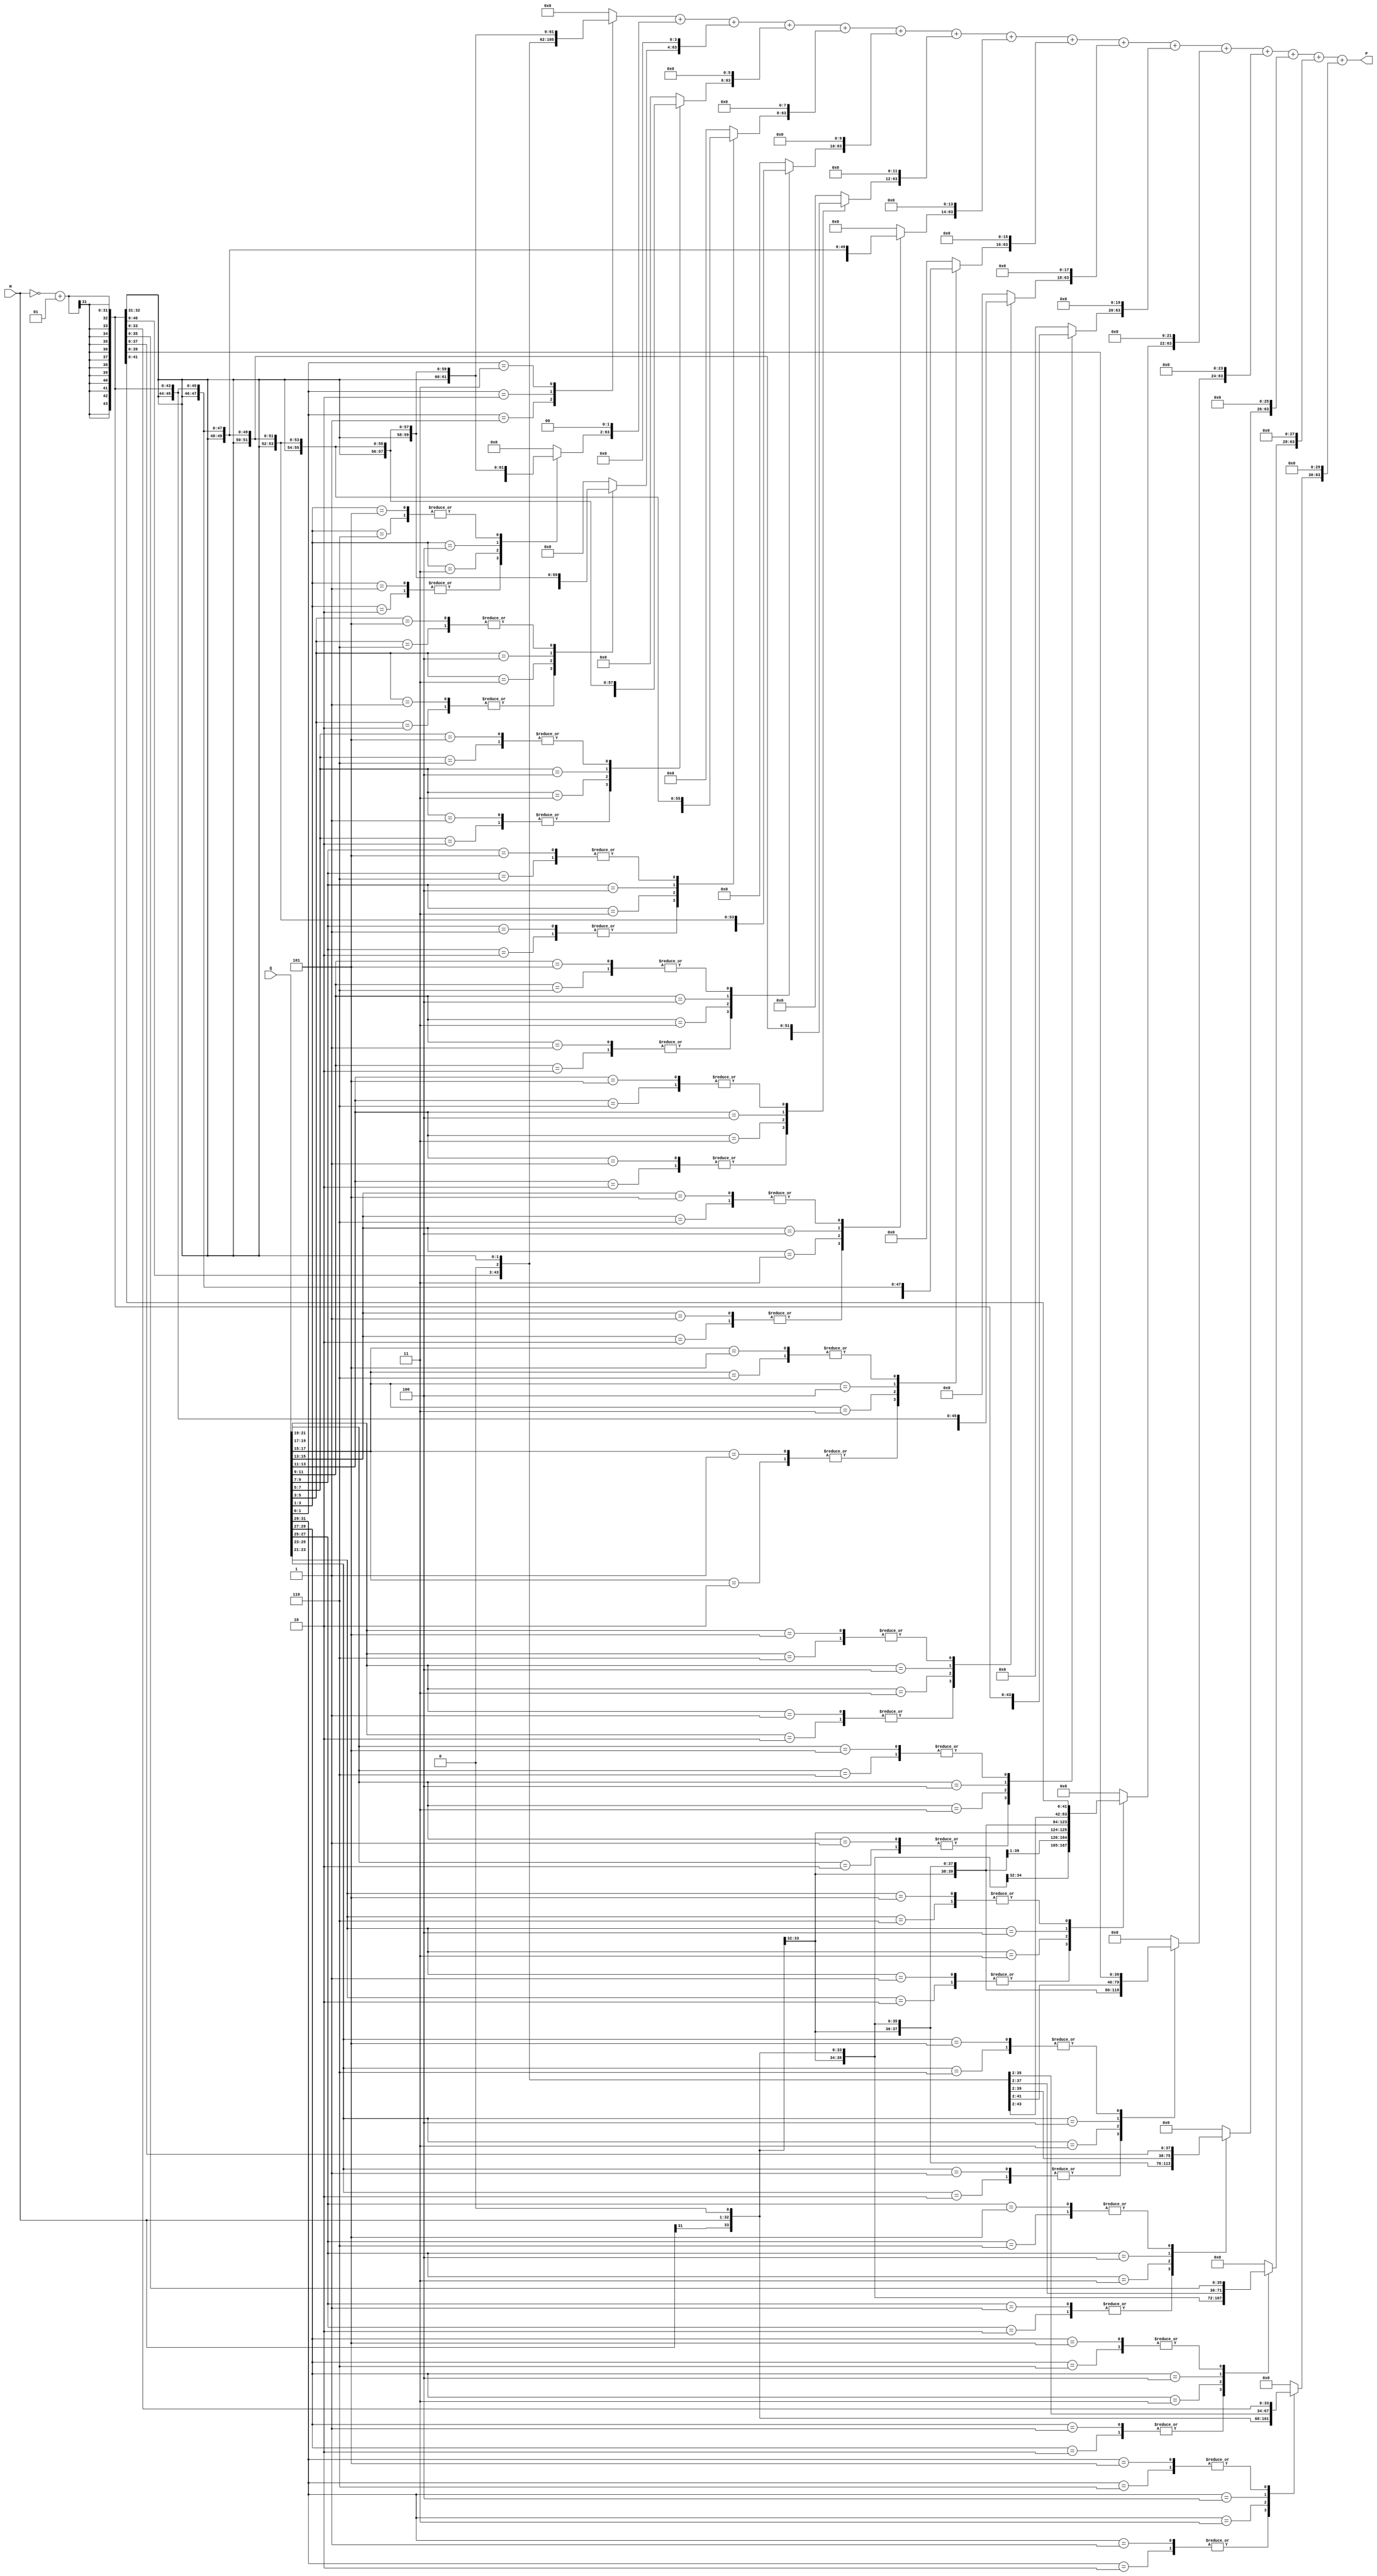
module booth_mul(
	input signed [31:0] M,
	input signed [31:0] Q,
	output signed [63:0] P);
	
	wire signed [31:0] neg_M;
	reg [2:0] bit_groups [15:0]; // holds the multiplier's bit pairs (& bit on right), there are 16 bit triples for a 32 bit multiplier
	reg signed [63:0] partial_products [15:0]; // holds the 16 partial products
	reg signed [63:0] product; //holds the 64 bit product
	integer i;

	assign neg_M = ~M + 1; // negative multiplicand
	
	always@(M or Q or neg_M)
	begin
		bit_groups[0] = {Q[1], Q[0], 1'b0}; // first bit group has implied 0 in right bit
		
		// save all the bit groups of the multiplier
		for(i=1; i<16; i=i+1)
		begin
			bit_groups[i] = {Q[2*i+1], Q[2*i], Q[2*i-1]};
		end
		
		// calculate partial products based on the bit groups
		for(i=0; i<16; i=i+1)
		begin
			case(bit_groups[i])
				3'b001, 3'b010: partial_products[i] = {{32{M[31]}}, M};  	     // * +1, set to M w/ sign extension
				3'b011: partial_products[i] = {{32{M[31]}}, M<<1};               // * +2, right shift M w/ sign extension
				3'b100: partial_products[i] = {{32{neg_M[31]}}, neg_M[31:0]<<1}; // * -2, right shift -M w/ sign extension
				3'b101, 3'b110: partial_products[i] = {{32{neg_M[31]}}, neg_M};  // * -1, set to -M w/ sign extension
				default: partial_products[i] = 0;                                // * 0
			endcase
			
			partial_products[i] = partial_products[i] << (2*i); // shift the partial product for addition later
		end
		
		// sum the partial products
		product = partial_products[0];
		for(i=1; i<16; i=i+1)
		begin
			product = product + partial_products[i];
		end
	end
	
	assign P = product;
	
endmodule